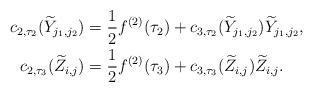
LaTeX: \begin{align*} c_{2,\tau_2}(\widetilde{Y}_{j_1,j_2})&=\frac{1}{2}f^{(2)}(\tau_2)+c_{3,\tau_2}(\widetilde{Y}_{j_1,j_2})\widetilde{Y}_{j_1,j_2},\\ c_{2,\tau_3}(\widetilde{Z}_{i,j})&=\frac{1}{2}f^{(2)}(\tau_3)+c_{3,\tau_3}(\widetilde{Z}_{i,j})\widetilde{Z}_{i,j}.\end{align*}